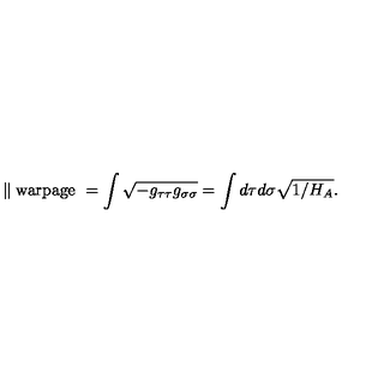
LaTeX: \parallel \mathrm { w a r p a g e \ } = \int \sqrt { - g _ { \tau \tau } g _ { \sigma \sigma } } = \int d \tau d \sigma \sqrt { 1 / H _ { A } } .